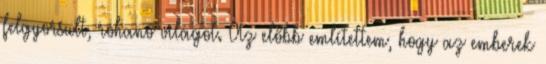
felgyorsult, rohanó világot. Az előbb említettem, hogy az emberek